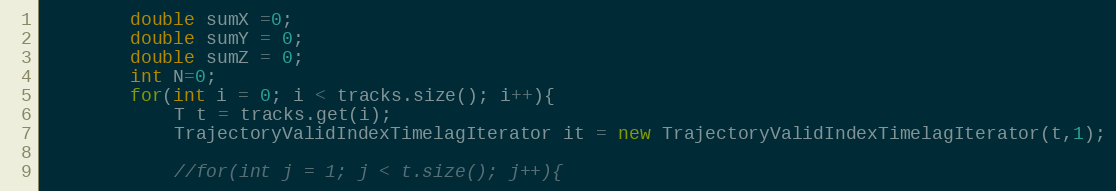
Language: Java
		double sumX =0;
		double sumY = 0;
		double sumZ = 0;
		int N=0;
		for(int i = 0; i < tracks.size(); i++){
			T t = tracks.get(i);
			TrajectoryValidIndexTimelagIterator it = new TrajectoryValidIndexTimelagIterator(t,1);

			//for(int j = 1; j < t.size(); j++){